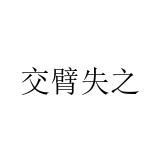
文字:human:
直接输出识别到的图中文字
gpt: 交臂失之